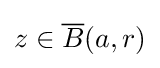
z\in {\overline {B}}(a,r)